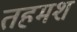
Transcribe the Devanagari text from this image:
तहमश